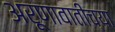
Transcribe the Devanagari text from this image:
अरूणावातीच्या